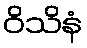
ဝိသိနံ